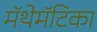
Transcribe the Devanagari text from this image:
मॅथेमॅटिका